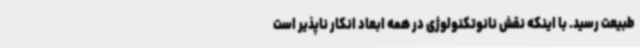
طبیعت رسید. با اینکه نقش نانوتکنولوژی در همه ابعاد انکار ناپذیر است